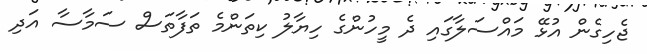
ޖެހިގެން އުޅޭ މައްސަލާގައި ދެ މީހުންގެ ހިޔާލު ކިތަންމެ ތަފާތަސް ސަމާސާ އަދި